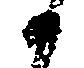
候